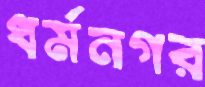
ধর্মনগর